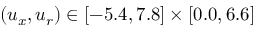
( u _ { x } , u _ { r } ) \in [ - 5 . 4 , 7 . 8 ] \times [ 0 . 0 , 6 . 6 ]